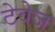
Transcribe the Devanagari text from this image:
टेवेज